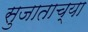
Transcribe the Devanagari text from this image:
सुजाताच्या